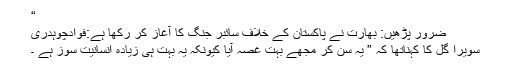
“
ضرور پڑھیں: بھارت نے پاکستان کے خلاف سائبر جنگ کا آغاز کر رکھا ہے:فوادچوہدری
سویرا گل کا کہناتھا کہ ” یہ سن کر مجھے بہت غصہ آیا کیونکہ یہ بہت ہی زیادہ انسانیت سوز ہے ۔